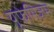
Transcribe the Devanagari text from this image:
यूफेमिज़म